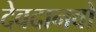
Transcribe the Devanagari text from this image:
देवदानवों